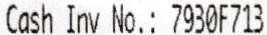
CASH INV NO.: 7930F713